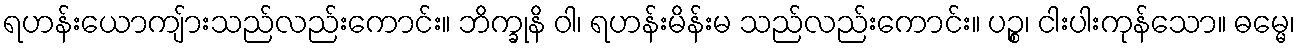
ရဟန်းယောကျ်ားသည်လည်းကောင်း။ ဘိက္ခုနိ ဝါ၊ ရဟန်းမိန်းမ သည်လည်းကောင်း။ ပဉ္စ၊ ငါးပါးကုန်သော။ ဓမ္မေ၊